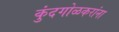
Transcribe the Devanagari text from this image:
कुंदगोळकरांना